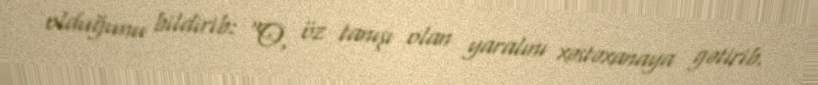
olduğunu bildirib: “O, öz tanışı olan yaralını xəstəxanaya gətirib.